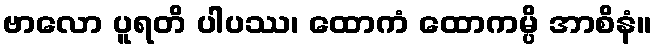
ဗာလော ပူရတိ ပါပဿ၊ ထောကံ ထောကမ္ပိ အာစိနံ။